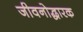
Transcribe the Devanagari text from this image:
जीवनोद्धारक